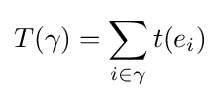
T(\gamma )=\sum _{i\in \gamma }t(e_{i})